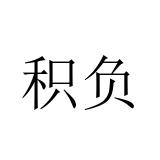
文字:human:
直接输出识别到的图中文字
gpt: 积负